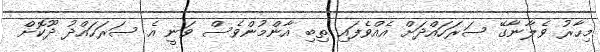
މިހާރު ވެލާނާގޭ ސަރަހައްދަށް އެއްވެފައި ތިބި އާންމުންވެސް ވަނީ އެ ސަރަހައްދު ދޫކޮށް